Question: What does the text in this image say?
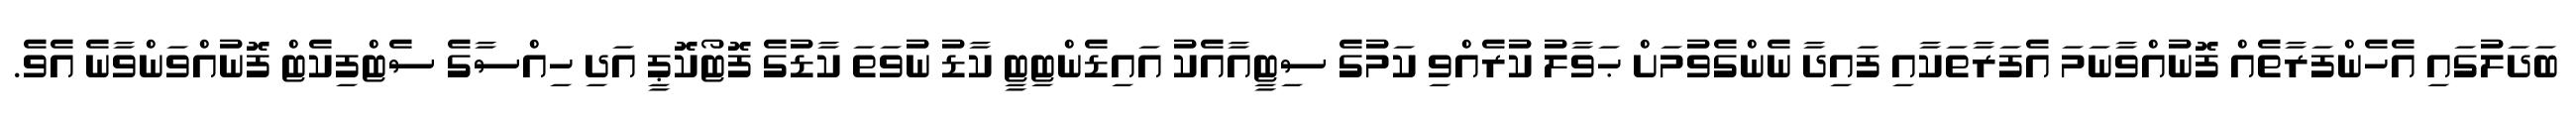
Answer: ބަދަލުގައި އެހެންފަރާތެއް ފޮނުއްވާނަމަ އެފަރާތަކާއި ފައިދާ ނެންގެވުމަށް ޙަވާލު ކުރެއްވި ކަމުގެ ސިޓީއާއެކު އައިޑެންޓިޓީ ކާޑު ނުވަތަ ކާޑުގެ ފޮޓޯކޮޕީ އަދި ހިއްސާގެ ސެޓްފިކެޓް ފޮނުއްވަންވާނެ އެވެ.